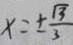
x = \pm \frac { \sqrt { 3 } } { 3 }